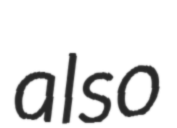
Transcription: also